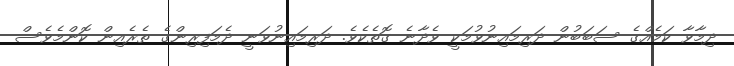
ދިމާވާ ކަމެއްގެ ސަބަބުން ދަރިމައިނުވުމަކީ ވެދާނެ ގޮތެކެވެ. ދަރިމައިނުވަނީ ދެމަފިރިންގެ ތެރެއިން ކޮންމެވެސް